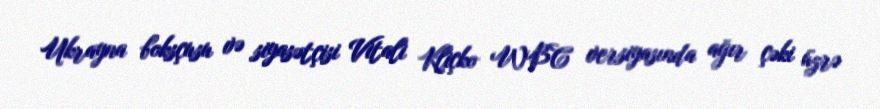
Ukrayna boksçusu və siyasətçisi Vitali Kliçko WBC versiyasında ağır çəki üzrə